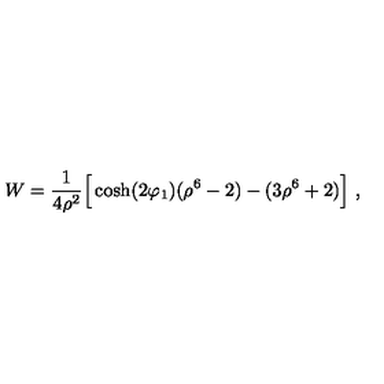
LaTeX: W = { \frac { 1 } { 4 \rho ^ { 2 } } } \Big [ \cosh ( 2 \varphi _ { 1 } ) ( \rho ^ { 6 } - 2 ) - ( 3 \rho ^ { 6 } + 2 ) \Big ] \ ,